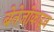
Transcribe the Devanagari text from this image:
बेनेजोकाइन